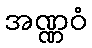
အဏ္ဏဝံ